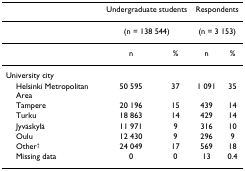
|  | <COLSPAN=2> Undergraduate students | <COLSPAN=2> Respondents |
 | --- | --- | --- | --- | --- |
 |  | <COLSPAN=2> (n = 138 544) | <COLSPAN=2> (n = 3 153) |
 |  | n | % | n | % |
 | University city |  |  |  |  |
 | Helsinki Metropolitan Area | 50 595 | 37 | 1 091 | 35 |
 | Tampere | 20 196 | 15 | 439 | 14 |
 | Turku | 18 863 | 14 | 429 | 14 |
 | Jyväskylä | 11 971 | 9 | 316 | 10 |
 | Oulu | 12 430 | 9 | 296 | 9 |
 | Other† | 24 049 | 17 | 569 | 18 |
 | Missing data | 0 | 0 | 13 | 0.4 |